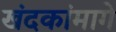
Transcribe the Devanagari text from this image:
खंदकांमागे